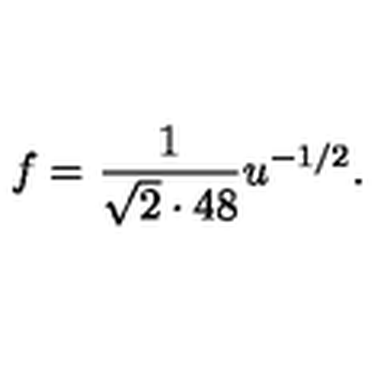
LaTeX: f = { \frac { 1 } { \sqrt 2 \cdot 4 8 } } u ^ { - 1 / 2 } .